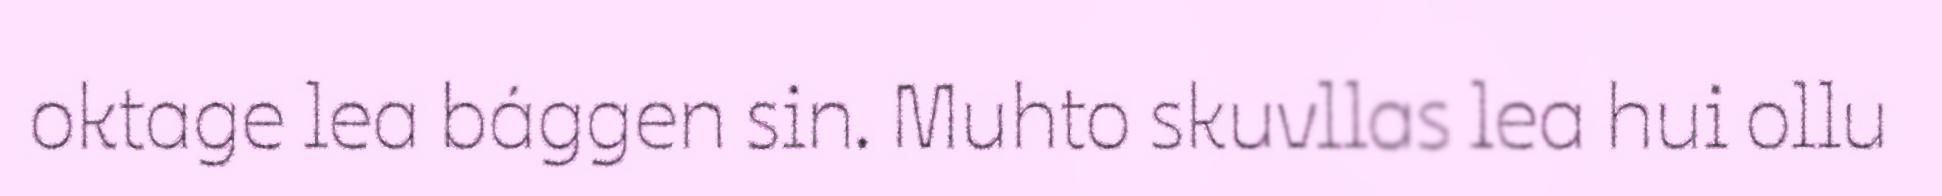
oktage lea bággen sin. Muhto skuvllas lea hui ollu